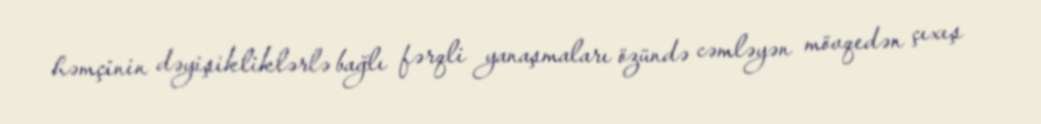
həmçinin dəyişikliklərlə bağlı fərqli yanaşmaları özündə cəmləyən mövqedən çıxış